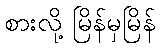
စားလို့ မြိန်မှမြိန်